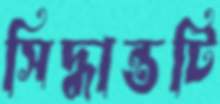
সিদ্ধান্তটি